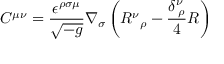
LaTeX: C ^ { \mu \nu } = \frac { \epsilon ^ { \rho \sigma \mu } } { \sqrt { - g } } \nabla _ { \sigma } \left( R { ^ \nu } { _ \rho } - \frac { \delta _ { \; \rho } ^ { \nu } } { 4 } R \right)